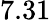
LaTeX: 7.31